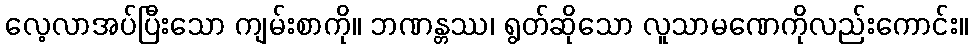
လေ့လာအပ်ပြီးသော ကျမ်းစာကို။ ဘဏန္တဿ၊ ရွတ်ဆိုသော လူသာမဏေကိုလည်းကောင်း။